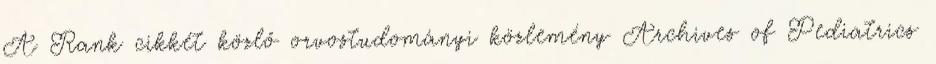
A Rank cikkét közlő orvostudományi közlemény Archives of Pediatrics